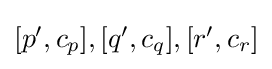
{\textstyle [p',c_{p}],[q',c_{q}],[r',c_{r}]}